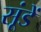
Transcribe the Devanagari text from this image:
सूंडें